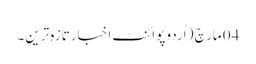
04 مارچ ( اُردو پوائنٹ اخبارتازہ ترین۔